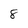
Character: 8